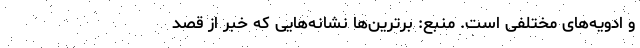
و ادویه‌های مختلفی است. منبع: برترین‌ها نشانه‌هایی که خبر از قصد